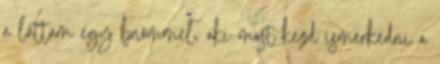
a láttam egy bnőmmel, aki most kezd ismerkedni a